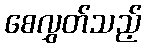
စေလွှတ်သည့်